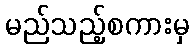
မည်သည့်စကားမှ